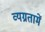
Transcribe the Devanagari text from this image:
व्यग्रतामें